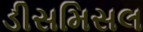
ડીસમિસલ